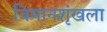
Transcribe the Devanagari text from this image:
विमानशृंखला